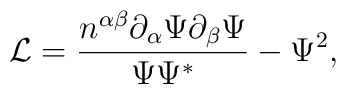
\mathcal{L} = \frac{n^{\alpha \beta}    \partial_\alpha \Psi \partial_\beta \Psi}{\Psi \Psi^*} -    \Psi^2,